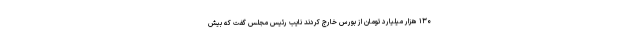
۱۳۰ هزار میلیارد تومان از بورس خارج کردند نایب رئیس مجلس گفت که بیش